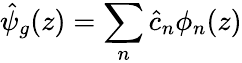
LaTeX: \hat{\psi}_{g}(z)=\sum_{n}\hat{c}_{n}\phi_{n}(z)